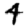
Digit: 4